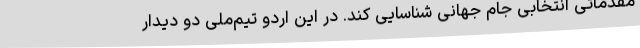
مقدماتی انتخابی جام جهانی شناسایی کند. در این اردو تیم‌ملی دو دیدار